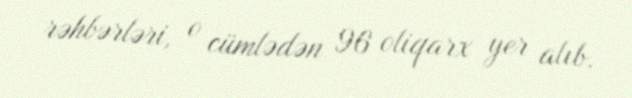
rəhbərləri, o cümlədən 96 oliqarx yer alıb.